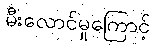
မီးလောင်မှုကြောင့်